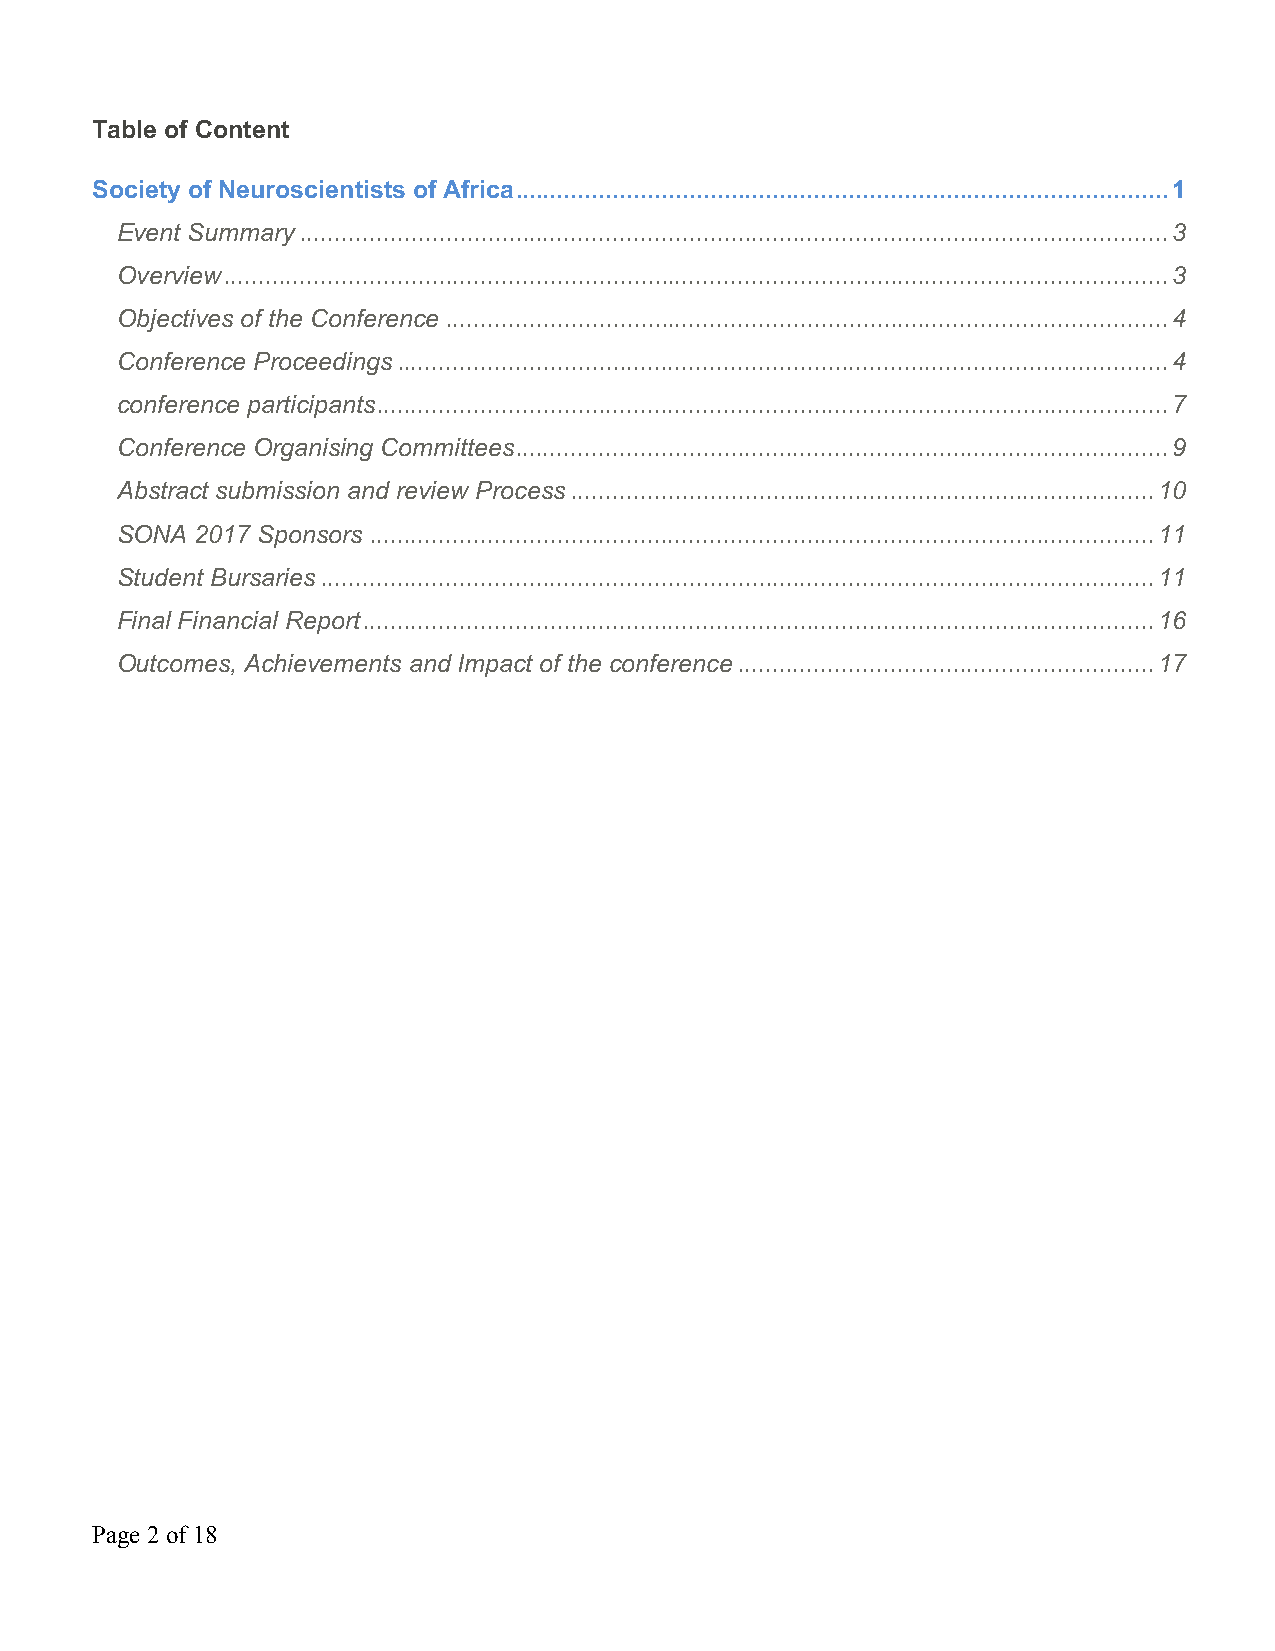
Table of Content
 Society of Neuroscientists of Africa .............................................................................................. 1
 Event Summary ............................................................................................................................. 3
 Overview ........................................................................................................................................ 3
 Objectives of the Conference ........................................................................................................ 4
 Conference Proceedings ............................................................................................................... 4
 conference participants .................................................................................................................. 7
 Conference Organising Committees .............................................................................................. 9
 Abstract submission and review Process .................................................................................... 10
 SONA 2017 Sponsors ................................................................................................................. 11
 Student Bursaries ........................................................................................................................ 11
 Final Financial Report .................................................................................................................. 16
 Outcomes, Achievements and Impact of the conference ............................................................ 17
 Page 2 of 18